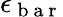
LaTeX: \epsilon_{\mathrm{~b~a~r~}}